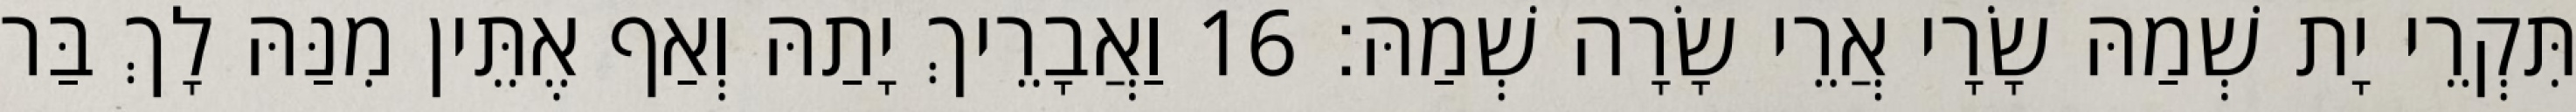
תִּקְרֵי יָת שְׁמַהּ שָׂרָי אֲרֵי שָׂרָה שְׁמַהּ׃ 16 וַאֲבָרֵיךְ יָתַהּ וְאַף אֶתֵּין מִנַּהּ לָךְ בַּר